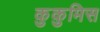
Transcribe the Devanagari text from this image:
कुकुमिस